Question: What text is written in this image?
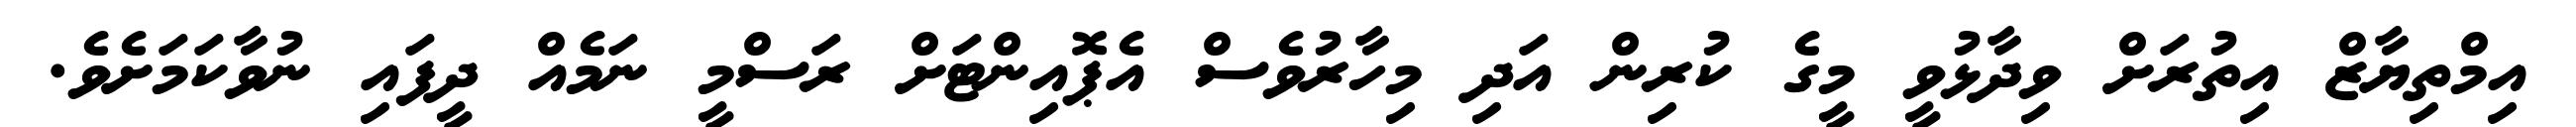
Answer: އިމްތިޔާޒް އިތުރަށް ވިދާޅުވީ މީގެ ކުރިން އަދި މިހާރުވެސް އެޕޮއިންޓަށް ރަސްމީ ނަމެއް ދީފައި ނުވާކަމަށެވެ.